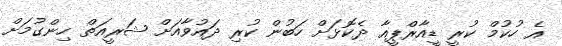
އެ ހުކުމް ކުރީ ޑީއާރްޕީއާ ދެކޮޅަށް ހަބުން ކުރި ދައުވާއަށް ޝަރީއަތް ހިންގުމަށް